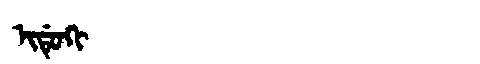
Manchu: ᡳᡩᡠᡴᡳ
Romanization: IDUKI